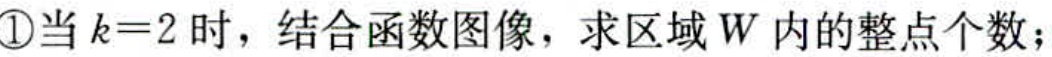
\textcircled{1}当\(k = 2\)时，结合函数图像，求区域\(W\)内的整点个数；